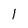
Character: 1